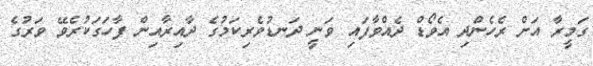
ގަމީރާ އަށް ރެހެންދި އެވޯޑް ދެއްވާފައި ވަނީ ދަނޑުވެރިކަމުގެ ދާއިރާއިން ފާހަގަކުރެވޭ ވަރުގެ